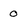
Character: 0